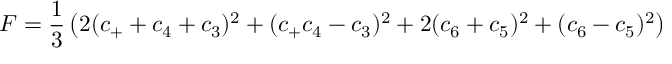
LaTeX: F = { \frac { 1 } { 3 } } \left( 2 ( c _ { + } + c _ { 4 } + c _ { 3 } ) ^ { 2 } + ( c _ { + } c _ { 4 } - c _ { 3 } ) ^ { 2 } + 2 ( c _ { 6 } + c _ { 5 } ) ^ { 2 } + ( c _ { 6 } - c _ { 5 } ) ^ { 2 } \right)